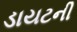
ડાયટની